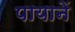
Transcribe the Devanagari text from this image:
पायानें